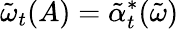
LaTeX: \tilde{\omega}_{t}(A)=\tilde{\alpha}_{t}^{*}(\tilde{\omega})